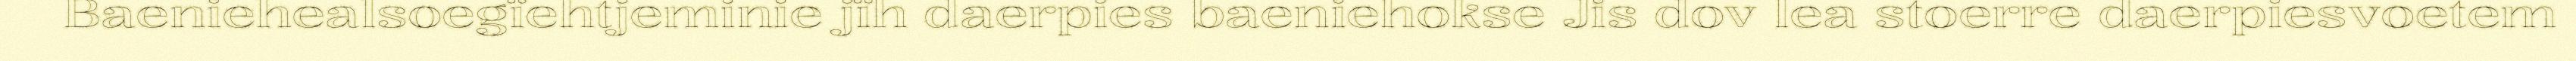
Baeniehealsoegïehtjeminie jïh daerpies baeniehokse Jis dov lea stoerre daerpiesvoetem